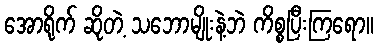
အောရိုက် ဆိုတဲ့ သဘောမျိုးနဲ့ဘဲ ကိစ္စပြီးကြရော။